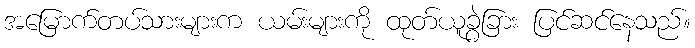
အမြောက်တပ်သားများက ယမ်းများကို ထုတ်ယူခွဲခြား ပြင်ဆင်နေသည်။